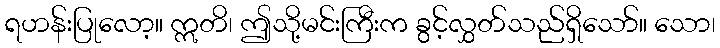
ရဟန်းပြုလော့။ ဣတိ၊ ဤသို့မင်းကြီးက ခွင့်လွှတ်သည်ရှိသော်။ သော၊